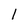
Character: l